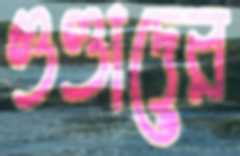
গুণ্ডাদের